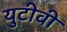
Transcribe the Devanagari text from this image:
युटीवी